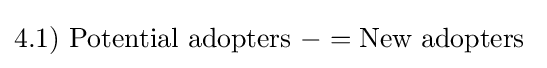
4.1)\ {\mbox{Potential adopters}}\ -={\mbox{New adopters }}